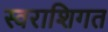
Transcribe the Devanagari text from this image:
स्वराशिगत